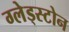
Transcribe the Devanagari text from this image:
ग्लेड्स्टोन